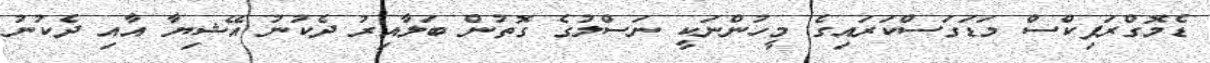
ޑެމޮގްރަފިކްސް މަޑަގަސްކަރައިގެ މީހުންނަކީ ނަސްލުގެ ގޮތުން ބަލާއިރު ދެކުނު އޭޝިޔާ އާއި ދެކުނު